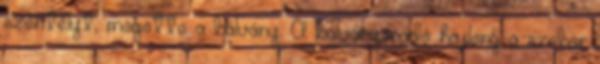
szentélyt, mögötte a bálvány. A bálványimádó hajlong a szobor